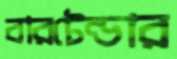
বারটেন্ডার